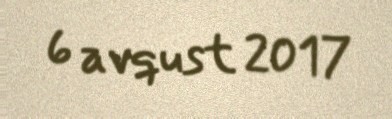
6 avqust 2017